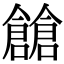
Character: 𠑐